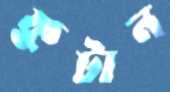
ফুটান